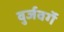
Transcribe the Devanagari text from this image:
वुर्जवर्गे